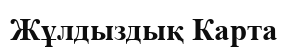
Жұлдыздық Карта